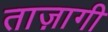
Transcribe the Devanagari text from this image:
ताज़ागी